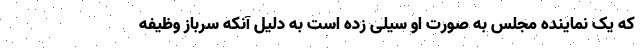
که یک نماینده مجلس به صورت او سیلی زده است به دلیل آنکه سرباز وظیفه